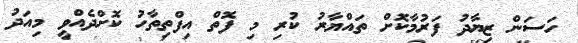
ހަސަން ޒިޔާދު ފަރުމާކޮށް ތައްޔާރު ކުރި މި ފޮތް އިފްތިތާހު ކޮށްދެއްވީ މިއަދު